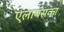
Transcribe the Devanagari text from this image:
एलायंसका